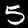
Label: 5